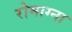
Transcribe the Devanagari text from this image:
रोमाग्ना